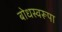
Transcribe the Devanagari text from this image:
बोधस्वरूपा